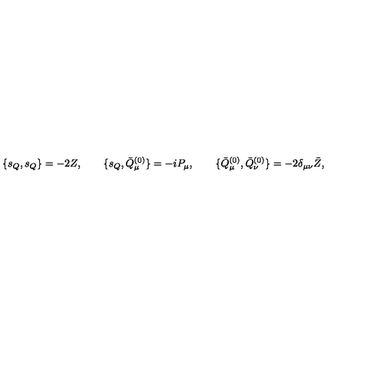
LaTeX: \{ s _ { Q } , s _ { Q } \} = - 2 Z , \qquad \{ s _ { Q } , \bar { Q } _ { \mu } ^ { ( 0 ) } \} = - i P _ { \mu } , \qquad \{ \bar { Q } _ { \mu } ^ { ( 0 ) } , \bar { Q } _ { \nu } ^ { ( 0 ) } \} = - 2 \delta _ { \mu \nu } \bar { Z } ,